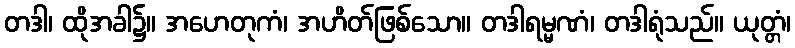
တဒါ၊ ထိုအခါ၌။ အဟေတုကံ၊ အဟိတ်ဖြစ်သော။ တဒါရမ္မဏံ၊ တဒါရုံသည်။ ယုတ္တံ၊